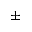
\pm